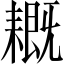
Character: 𦔙